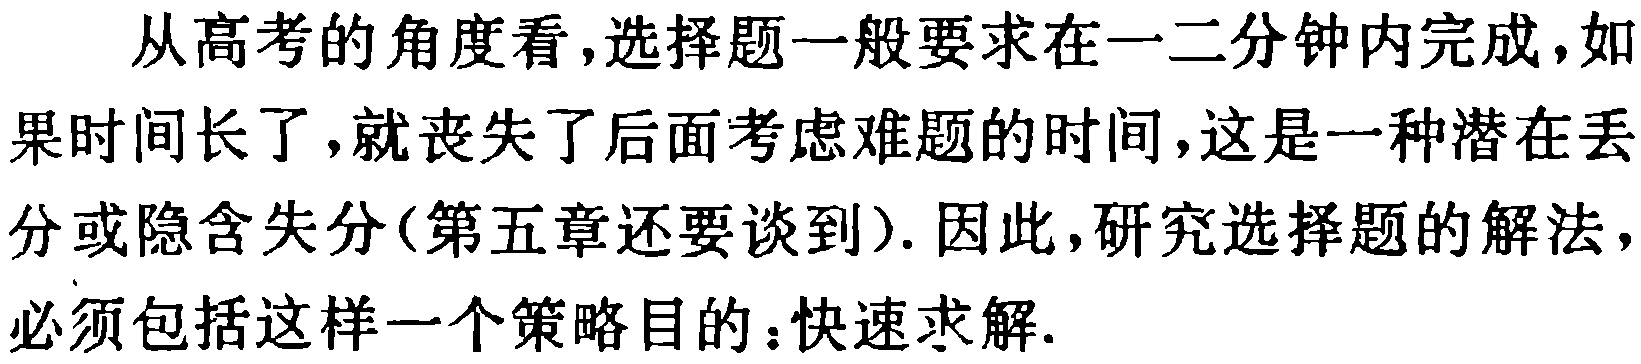
从高考的角度看,选择题一般要求在一二分钟内完成,如果时间长了,就丧失了后面考虑难题的时间,这是一种潜在丢分或隐含失分(第五章还要谈到). 因此,研究选择题的解法,必须包括这样一个策略目的：快速求解.